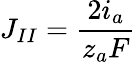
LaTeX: J_{II}=\frac{2i_{a}}{z_{a}F}